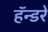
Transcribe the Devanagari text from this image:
हॅन्डरे